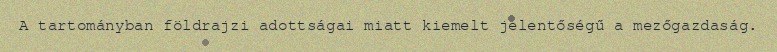
A tartományban földrajzi adottságai miatt kiemelt jelentőségű a mezőgazdaság.